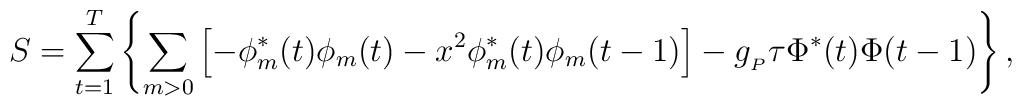
S = \sum_{t=1}^T\left\{\sum_{m>0} \left[-\phi^*_m(t) \phi_m(t) - x^2 \phi^*_m(t)\phi_m (t-1)\right]  - g_{_P}\tau \Phi^*(t) \Phi(t-1)\right\},